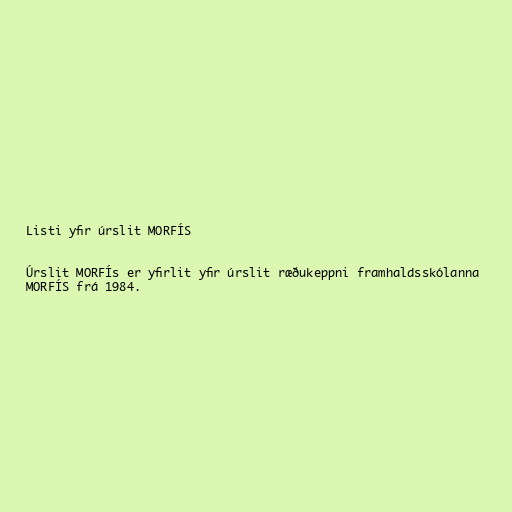
Listi yfir úrslit MORFÍS

Úrslit MORFÍs er yfirlit yfir úrslit ræðukeppni framhaldsskólanna
MORFÍS frá 1984.